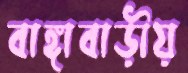
বাঙ্গাবাড়ীয়